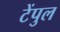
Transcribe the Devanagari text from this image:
टेंपुल